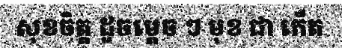
សុខចិត្ត ដូចម្តេច ៗ មុខ ជា កើត